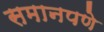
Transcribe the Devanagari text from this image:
समानपणे